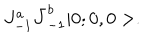
LaTeX: J _ { - 1 } ^ { a } \bar { J } _ { - 1 } ^ { b } | 0 ; 0 , 0 > .